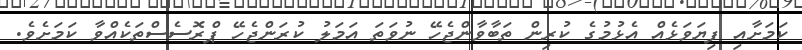
ކަމަށާއި ފިޔަވަޅެއް އެޅުމުގެ ކުރިން ތަބާވާންޖެހޭ ނުވަތަ އަމަލު ކުރަންޖެހޭ ޕްރޮސެސްތަކެއްވާ ކަމަށެވެ.